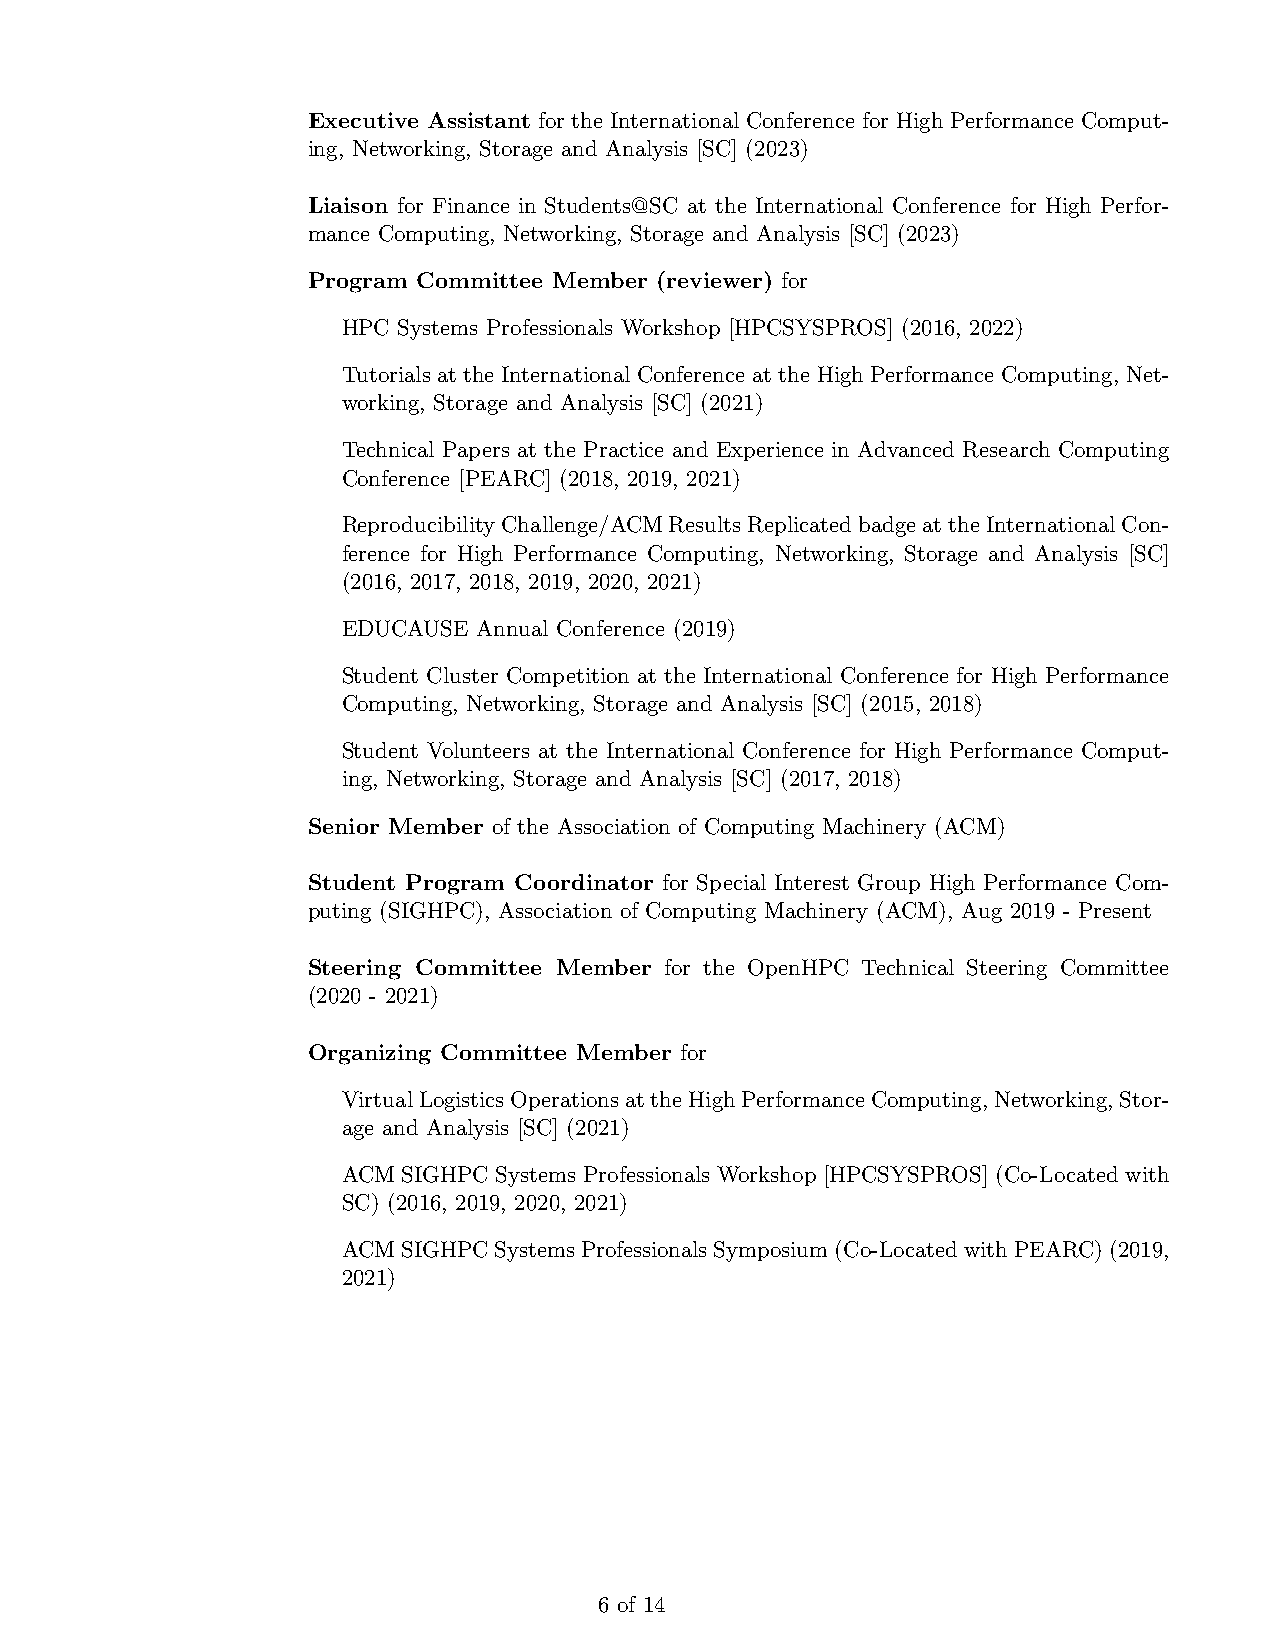
Executive Assistant for the International Conference for High Performance Comput-
 ing, Networking, Storage and Analysis [SC] (2023)
 Liaison for Finance in Students@SC at the International Conference for High Perfor-
 mance Computing, Networking, Storage and Analysis [SC] (2023)
 Program Committee Member (reviewer) for
 HPC Systems Professionals Workshop [HPCSYSPROS] (2016, 2022)
 Tutorials at the International Conference at the High Performance Computing, Net-
 working, Storage and Analysis [SC] (2021)
 Technical Papers at the Practice and Experience in Advanced Research Computing
 Conference [PEARC] (2018, 2019, 2021)
 ReproducibilityChallenge/ACMResultsReplicatedbadgeattheInternationalCon-
 ference for High Performance Computing, Networking, Storage and Analysis [SC]
 (2016, 2017, 2018, 2019, 2020, 2021)
 EDUCAUSE Annual Conference (2019)
 Student Cluster Competition at the International Conference for High Performance
 Computing, Networking, Storage and Analysis [SC] (2015, 2018)
 Student Volunteers at the International Conference for High Performance Comput-
 ing, Networking, Storage and Analysis [SC] (2017, 2018)
 Senior Member of the Association of Computing Machinery (ACM)
 Student Program Coordinator for Special Interest Group High Performance Com-
 puting (SIGHPC), Association of Computing Machinery (ACM), Aug 2019 - Present
 Steering Committee Member for the OpenHPC Technical Steering Committee
 (2020 - 2021)
 Organizing Committee Member for
 VirtualLogisticsOperationsattheHighPerformanceComputing,Networking,Stor-
 age and Analysis [SC] (2021)
 ACM SIGHPC Systems Professionals Workshop [HPCSYSPROS] (Co-Located with
 SC) (2016, 2019, 2020, 2021)
 ACMSIGHPCSystemsProfessionalsSymposium(Co-LocatedwithPEARC)(2019,
 2021)
 6 of 14